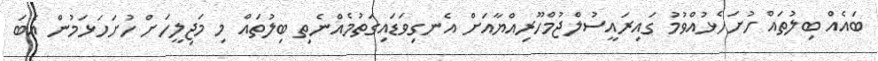
ބައެއް ބިލުތައް ހުށަހެޅުއްވުމު ގައިރައީސުލްޖުމްހޫރިއްޔާއަށް އެނގިވަޑައިގަތުމެއްނެތި ބިލުތައް މި މަޖިލީހަށް ހުށަހަޅަމުން އެބަ